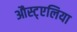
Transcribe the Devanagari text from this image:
औस्ट्एलिया